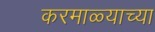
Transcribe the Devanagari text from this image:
करमाळ्याच्या